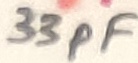
Text: 33pF